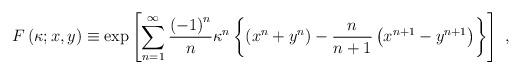
LaTeX: \begin{align*}F\left(\kappa;x,y\right)\equiv\exp\left[\sum^\infty_{n=1}{\left(-1\right)^n\over n}\kappa^n\left\{\left( x^n+y^n\right)-{n\over n+1}\left( x^{n+1}-y^{n+1}\right)\right\}\right]\ ,\end{align*}